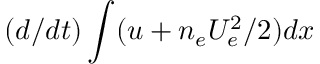
( d / d t ) \int ( u + n _ { e } U _ { e } ^ { 2 } / 2 ) d x